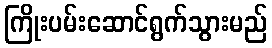
ကြိုးပမ်းဆောင်ရွက်သွားမည်